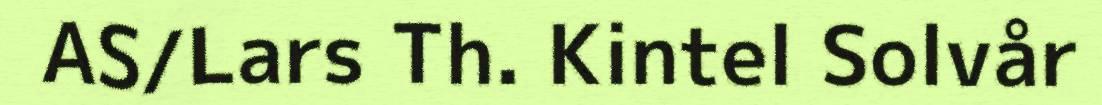
AS/Lars Th. Kintel Solvår